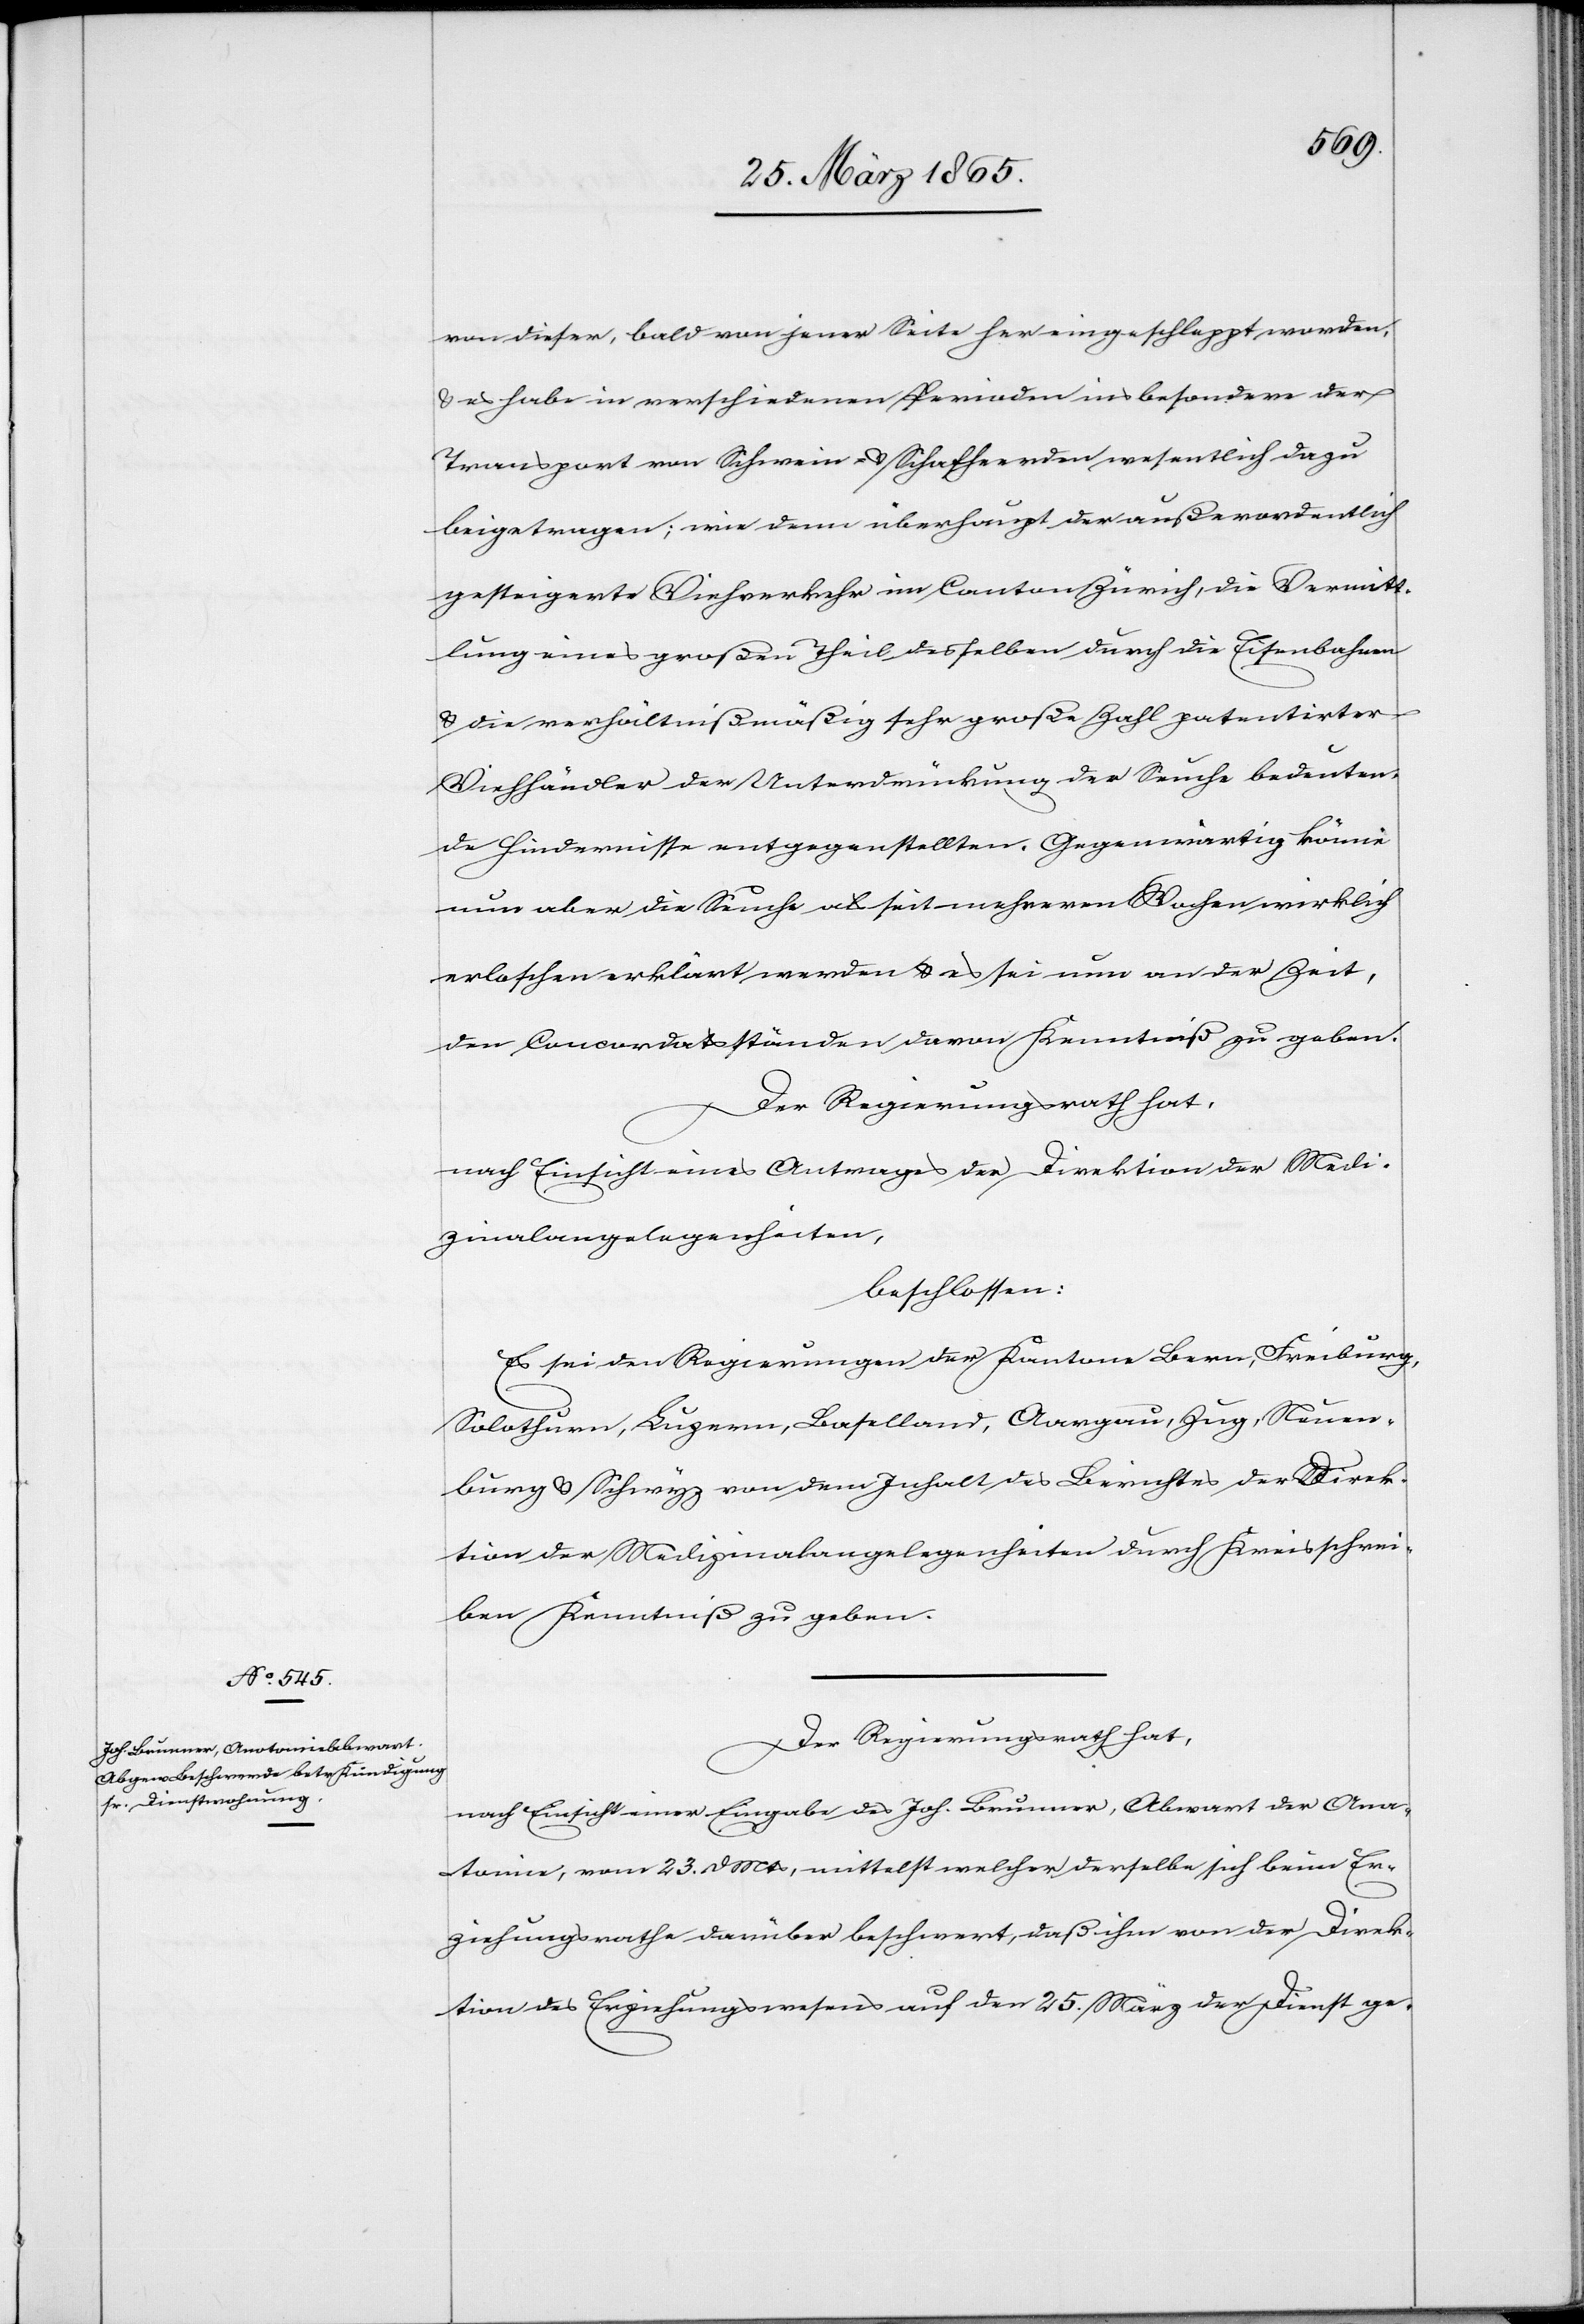
von dieser, bald von jener Seite her eingeschleppt worden,
& es habe in verschiedenen Perioden ins besondere der
Transport von Schwein- & Schafheerden wesentlich dazu
beigetragen; wie denn überhaupt der außerordentlich
gesteigerte Viehverkehr im Canton Zürich, die Vermitt¬
lung eines großen Theil desselben durch die Eisenbahnen
& die verhältnißmäßig sehr große Zahl patentirter
Viehhändler der Unterdrückung der Seuche bedeuten¬
de Hindernisse entgegenstellten. Gegenwärtig könne
nun aber die Seuche als seit mehreren Wochen wirklich
erloschen erklärt werden & es sei nun an der Zeit,
den Concordatsständen davon Kenntniß zu geben.
Der Regierungsrath hat,
nach Einsicht eines Antrages der Direktion der Medi¬
zinalangelegenheiten,
beschlossen:
Es sei den Regierungen der Kantone Bern, Freiburg,
Solothurn, Luzern, Baselland, Aargau, Zug, Neuen¬
burg & Schwyz von dem Inhalt des Berichtes der Direk¬
tion der Medizinalangelegenheiten durch Kreisschrei¬
ben Kenntniß zu geben.
Der Regierungsrath hat,
nach Einsicht einer Eingabe des Joh. Brunner, Abwart der Ana¬
tomie, vom 23. d Mts, mittelst welcher derselbe sich beim Er¬
ziehungsrathe darüber beschwert, daß ihm von der Direk¬
tion des Erziehungswesens auf den 25. März der Dienst ge-